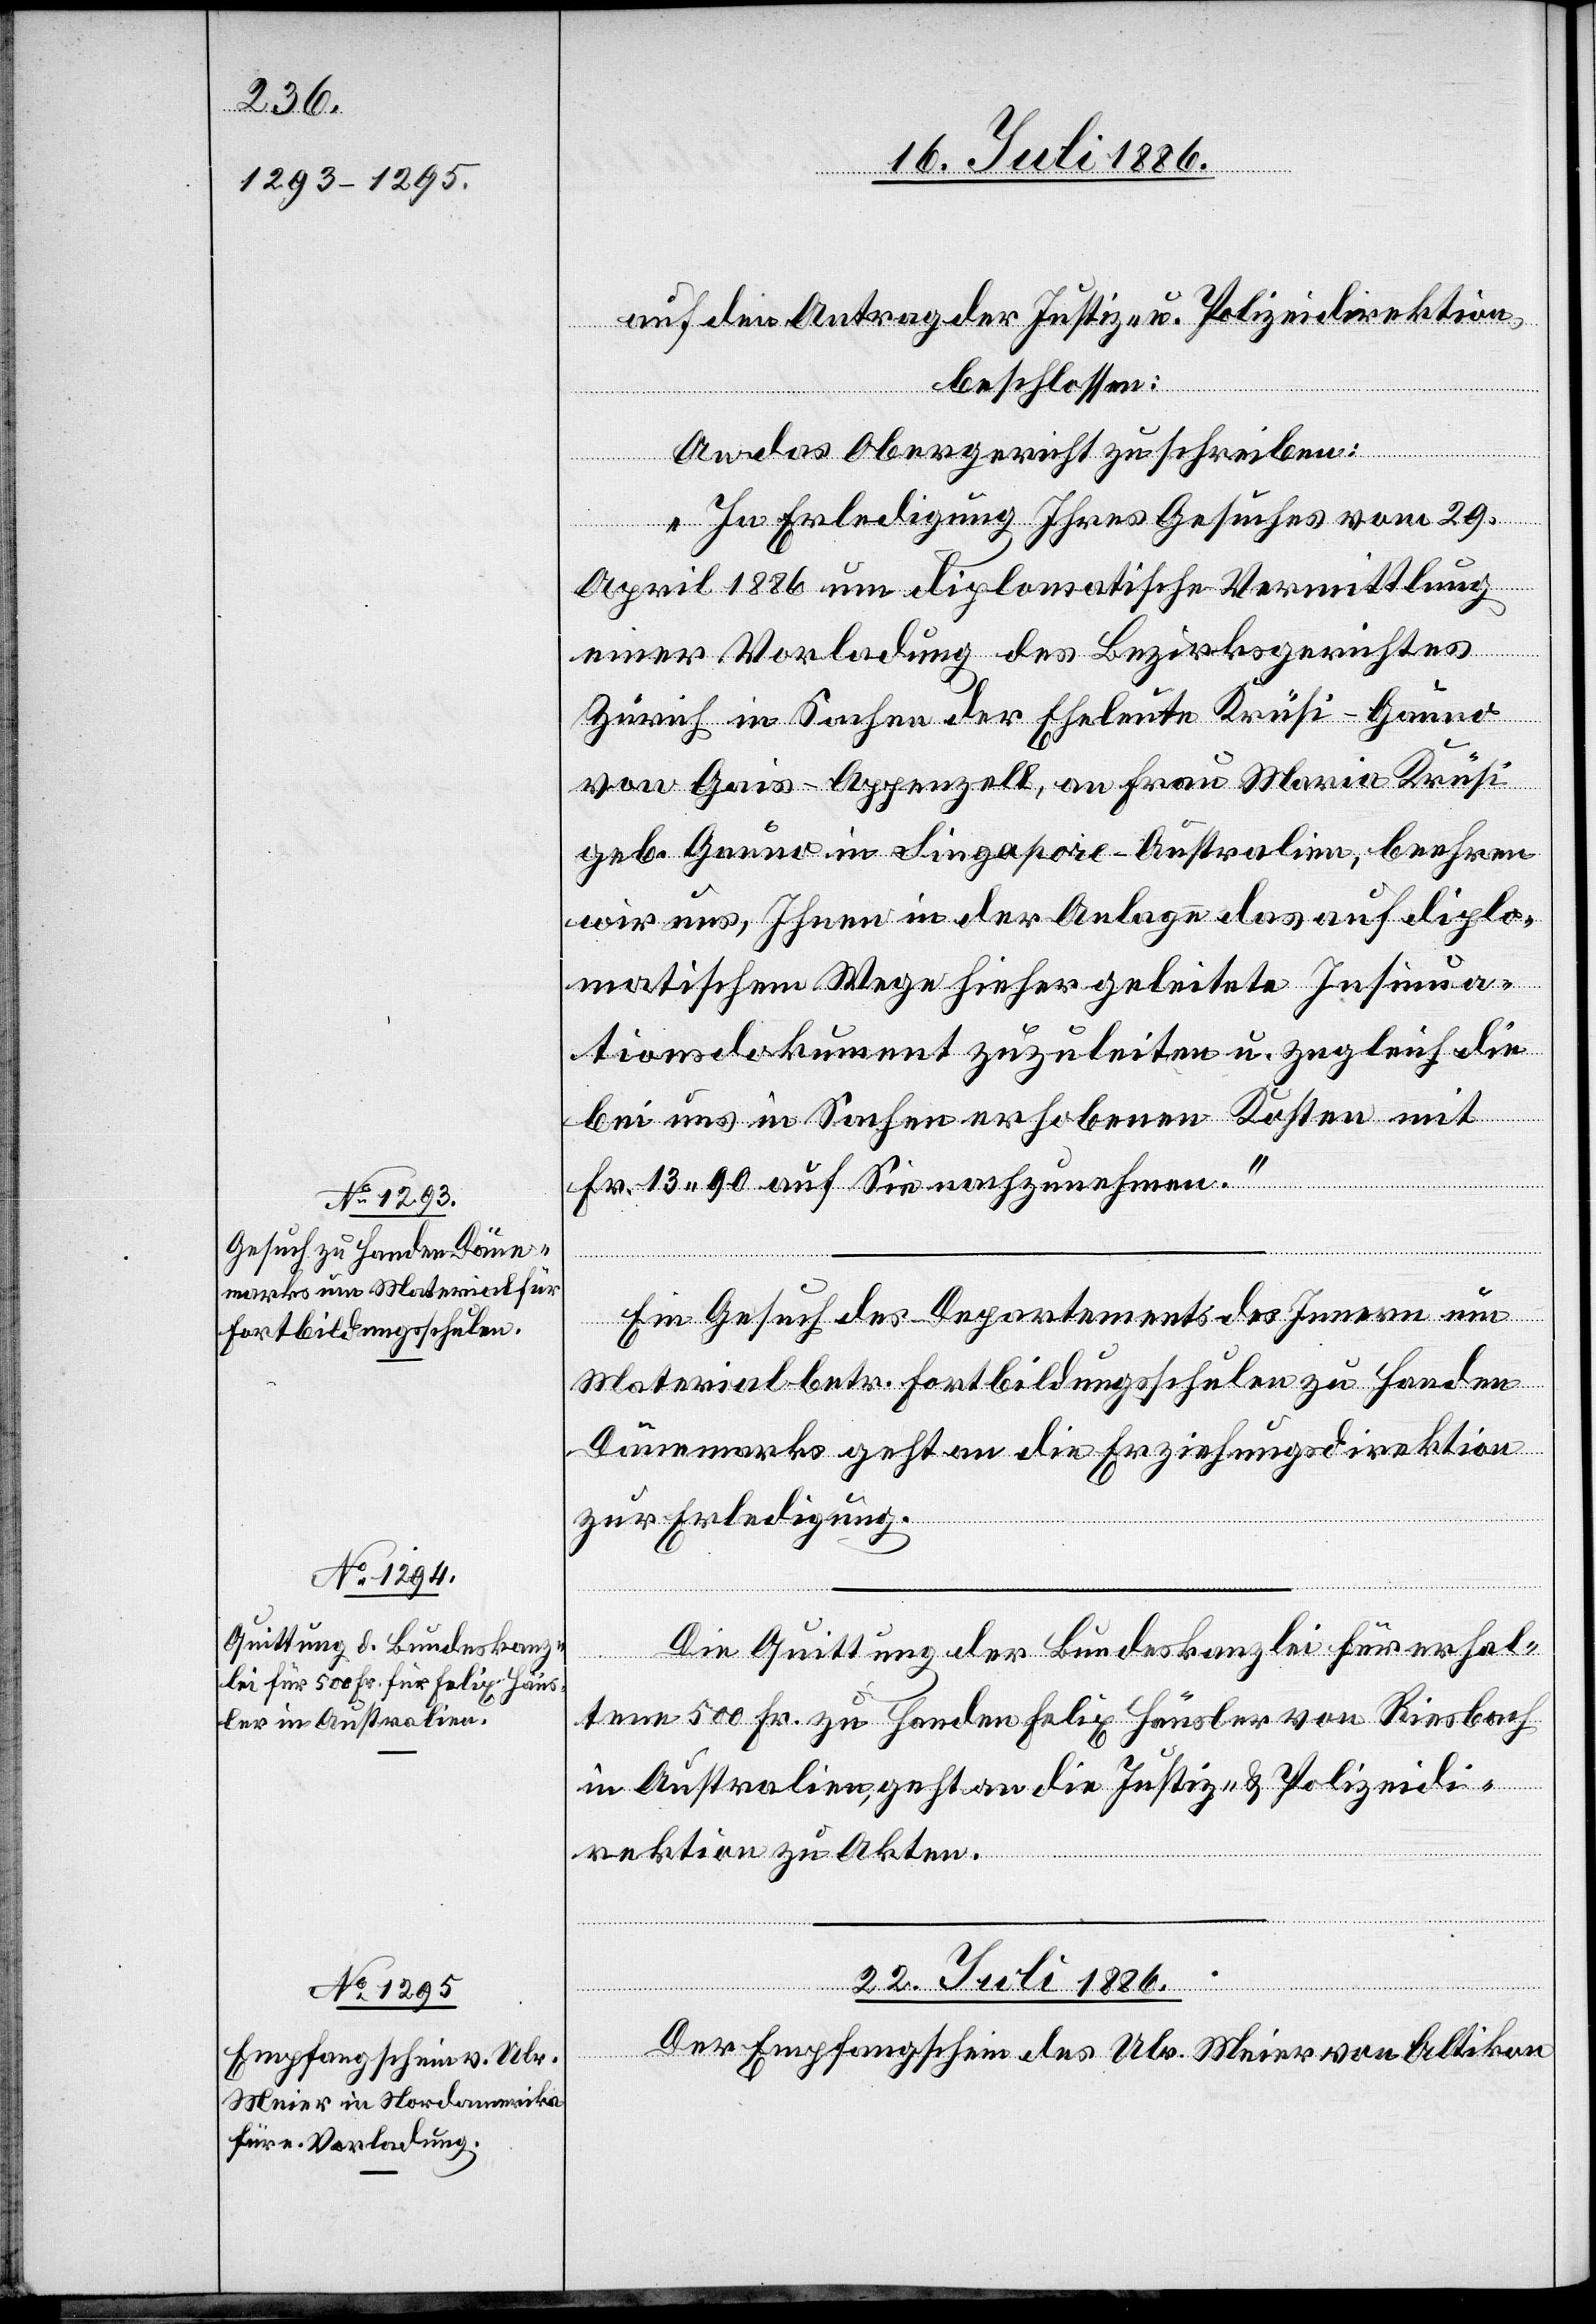
20. Juli 1886.]
auf den Antrag der Justiz- u. Polizeidirektion,
beschlossen:
An das Obergericht zu schreiben:
„In Erledigung Ihres Gesuches vom 29.
April 1886 um diplomatische Vermittlung
einer Vorladung des Bezirksgerichtes
Zürich in Sachen der Eheleute Krüsi-Gauno
von Gais - Appenzell, an Frau Maria Krüsi
geb. Gauno in Singapore - Australien, beehren
wir uns, Ihnen in der Anlage das auf diplo¬
matischem Wege hieher geleitete Insinua¬
tionsdokument zuzuleiten u. zugleich die
bei uns in Sachen erhobenen Kosten mit
Fr. 13 90 auf Sie nachzunehmen.“
[Präsidialver¬
Ein Gesuch des Departements des Innern um
Material betr. Fortbildungsschulen zu Handen
Dänemarks geht an die Erziehungsdirektion
zur Erledigung.
Die Quittung der Bundeskanzlei für erhal¬
tene 500 Fr. zu Handen Felix Häusler von Riesbach
in Australien, geht an die Justiz- & Polizeidi¬
rektion zu Akten.
22. Juli 1886.
fügungen.
Der Empfangschein des Ulr. Meier von Altikon